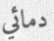
دمائي